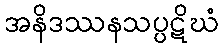
အနိဒဿနသပ္ပဋိဃံ